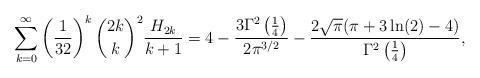
LaTeX: \begin{align*} \sum_{k = 0}^{\infty} \left( \frac{1}{32} \right)^{k} \binom{2k}{k}^2 \frac{H_{2k}}{k+1} = 4-\frac{3 \Gamma^2 \left(\frac{1}{4}\right)}{2 \pi ^{3/2}} - \frac{2 \sqrt{\pi } (\pi +3 \ln (2)-4)}{\Gamma^2 \left(\frac{1}{4}\right)}, \end{align*}